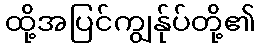
ထို့အပြင်ကျွန်ုပ်တို့၏